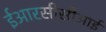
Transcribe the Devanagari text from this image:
ईआरसीसीआई